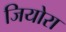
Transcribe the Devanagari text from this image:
जियोरा